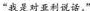
“我是对亚利说话。”